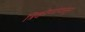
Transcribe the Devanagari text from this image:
त्रिकोणांपासून